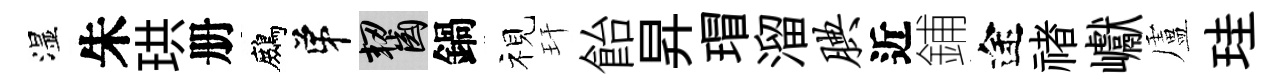
湿朱珙册鷓弟齧鍋视玕飴昇瑁溜腆近鋪途禇巘盧珪